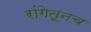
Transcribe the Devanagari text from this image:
रांगेतूनच